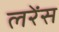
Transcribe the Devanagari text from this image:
लरेंस